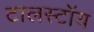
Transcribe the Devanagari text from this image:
टालस्टॉय